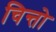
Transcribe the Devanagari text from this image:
चिन्तो